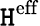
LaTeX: \mathtt{H}^{\mathrm{{{eff}}}}